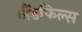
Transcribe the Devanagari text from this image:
लैंडफिल्स